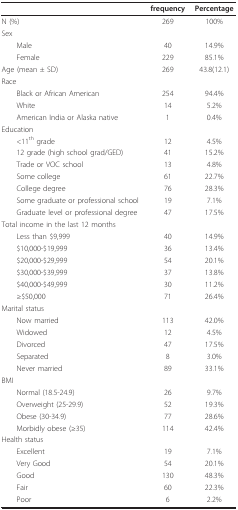
|  | frequency | Percentage |
 | --- | --- | --- |
 | N (%) | 269 | 100% |
 | Sex |  |  |
 | Male | 40 | 14.9% |
 | Female | 229 | 85.1% |
 | Age (mean ± SD) | 269 | 43.8(12.1) |
 | Race |  |  |
 | Black or African American | 254 | 94.4% |
 | White | 14 | 5.2% |
 | American India or Alaska native | 1 | 0.4% |
 | Education |  |  |
 | <11th grade | 12 | 4.5% |
 | 12 grade (high school grad/GED) | 41 | 15.2% |
 | Trade or VOC school | 13 | 4.8% |
 | Some college | 61 | 22.7% |
 | College degree | 76 | 28.3% |
 | Some graduate or professional school | 19 | 7.1% |
 | Graduate level or professional degree | 47 | 17.5% |
 | Total income in the last 12 months |  |  |
 | Less than $9,999 | 40 | 14.9% |
 | $10,000-$19,999 | 36 | 13.4% |
 | $20,000-$29,999 | 54 | 20.1% |
 | $30,000-$39,999 | 37 | 13.8% |
 | $40,000-$49,999 | 30 | 11.2% |
 | ≥$50,000 | 71 | 26.4% |
 | Marital status |  |  |
 | Now married | 113 | 42.0% |
 | Widowed | 12 | 4.5% |
 | Divorced | 47 | 17.5% |
 | Separated | 8 | 3.0% |
 | Never married | 89 | 33.1% |
 | BMI |  |  |
 | Normal (18.5-24.9) | 26 | 9.7% |
 | Overweight (25-29.9) | 52 | 19.3% |
 | Obese (30-34.9) | 77 | 28.6% |
 | Morbidly obese (≥35) | 114 | 42.4% |
 | Health status |  |  |
 | Excellent | 19 | 7.1% |
 | Very Good | 54 | 20.1% |
 | Good | 130 | 48.3% |
 | Fair | 60 | 22.3% |
 | Poor | 6 | 2.2% |